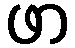
ဖာ